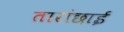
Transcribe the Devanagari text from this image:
तारांछाई